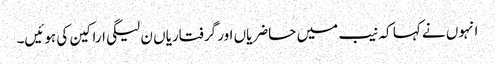
انہوں نے کہا کہ نیب میں حاضریاں اور گرفتاریاں ن لیگی اراکین کی ہوئیں۔